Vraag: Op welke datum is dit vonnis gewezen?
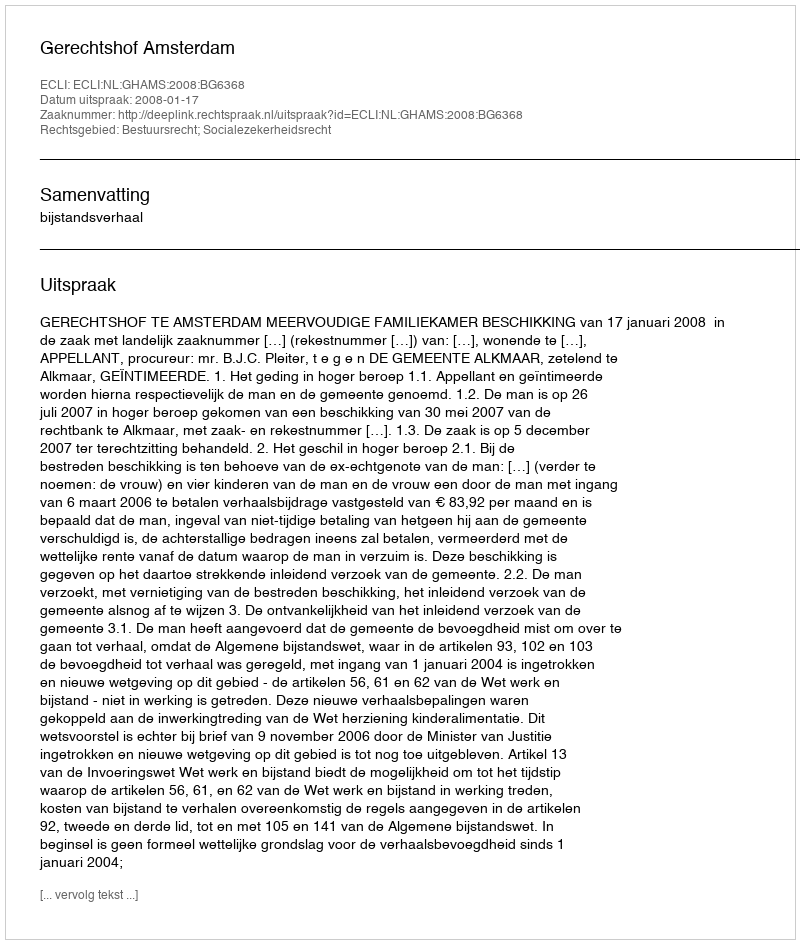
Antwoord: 2008-01-17